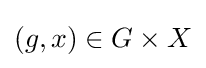
(g,x)\in G\times X